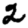
Digit: 2